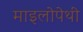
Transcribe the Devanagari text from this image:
माइलोपेथी